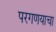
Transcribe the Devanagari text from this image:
परगणयाचा